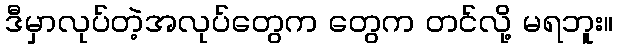
ဒီမှာလုပ်တဲ့အလုပ်တွေက တွေက တင်လို့ မရဘူး။